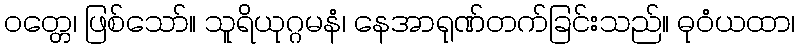
ဝတ္တေ၊ ဖြစ်သော်။ သူရိယုဂ္ဂမနံ၊ နေအာရုဏ်တက်ခြင်းသည်။ ဓုဝံယထာ၊